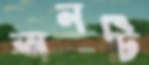
অনটি